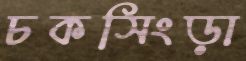
চকসিংড়া